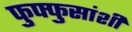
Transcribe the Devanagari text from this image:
फुफ्फुसांशी